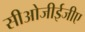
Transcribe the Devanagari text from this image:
सीओजीईजीए